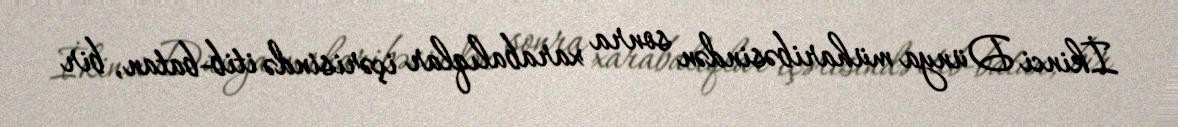
İkinci Dünya müharibəsindən sonra xarabalıqlar içərisində itib-batan, bir